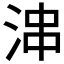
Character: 𱦝